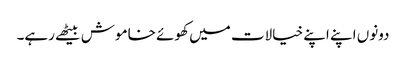
دونوں اپنے اپنے خیالات میں کھوئے خاموش بیٹھے رہے۔